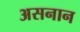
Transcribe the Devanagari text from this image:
असनान